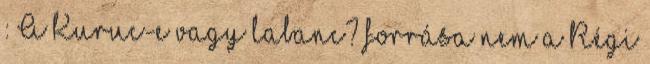
: A Kuruc-e vagy labanc? forrása nem a Régi